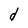
Character: d